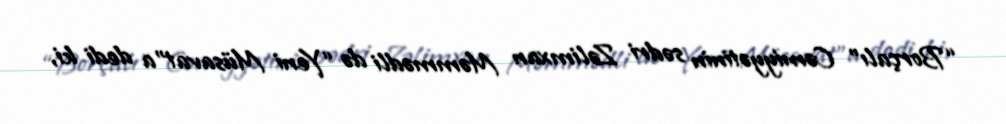
“Borçalı” Cəmiyyətinin sədri Zəlimxan Məmmədli də “Yeni Müsavat”a dedi ki,